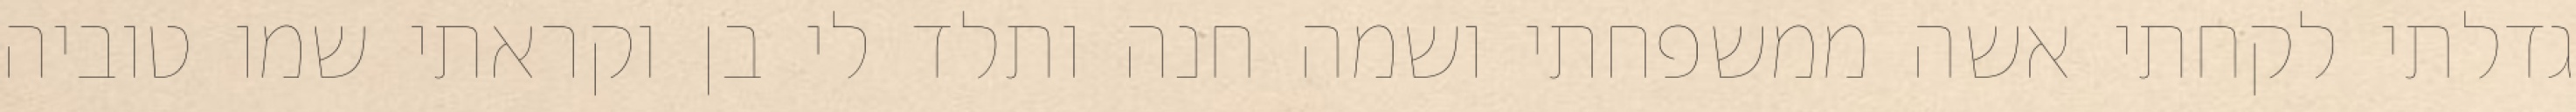
גדלתי לקחתי אשה ממשפחתי ושמה חנה ותלד לי בן וקראתי שמו טוביה